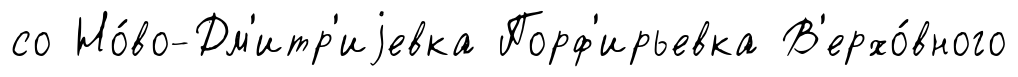
со Но́во-Дм'итр'иjевка Порф'ирьевка В'ерхо́вного